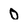
Character: O